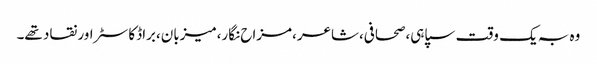
وہ بہ یک وقت سپاہی،صحافی،شاعر،مزاح نگار،میزبان،براڈکاسٹر اور نقاد تھے۔